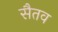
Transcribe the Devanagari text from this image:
सैतव